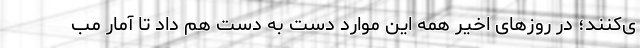
ی‌کنند؛ در روزهای اخیر همه این موارد دست به دست هم داد تا آمار مب